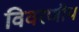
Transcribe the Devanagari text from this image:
विवरणीय